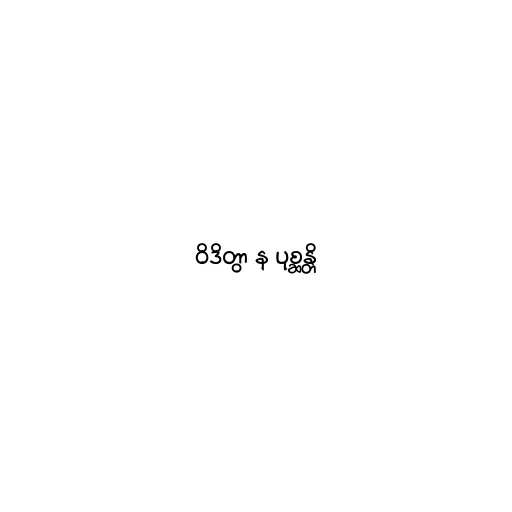
ဝိဒိတွာ န ပုစ္ဆန္တိ